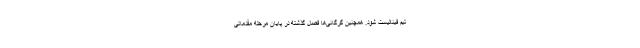
تیم فینالیست شود. همچنین گرگانی‌ها فصل گذشته در پایان مرحله مقدماتی